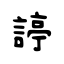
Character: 諪